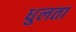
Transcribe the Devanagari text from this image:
धुलता